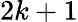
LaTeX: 2k+1